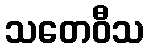
သတေဝီသ